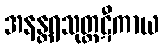
အနန္တရသုတ္တဋီကာယ